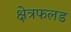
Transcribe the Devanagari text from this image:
क्षेत्रफलड